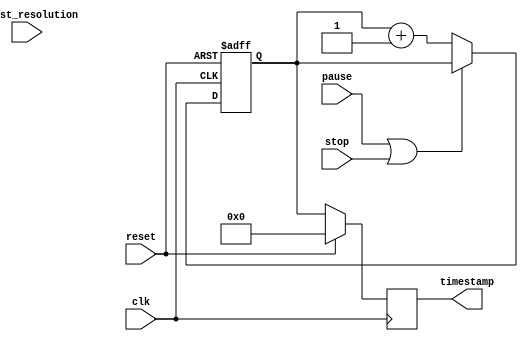
module timer_block (
  input wire clk,
  input wire reset,
  input wire pause,
  input wire stop,
  input wire adjust_resolution,
  output reg [31:0] timestamp
);

reg [31:0] count;

always @(posedge clk or posedge reset) begin
  if (reset) begin
    count <= 0;
  end else begin
    if (pause || stop) begin
      // do nothing
    end else begin
      count <= count + 1;
    end
  end
end

always @(posedge clk or posedge adjust_resolution) begin
  if (adjust_resolution) begin
    // adjust the timestamp resolution
  end
end

always @(posedge clk) begin
  if (reset) begin
    timestamp <= 0;
  end else begin
    timestamp <= count;
  end
end

endmodule